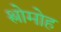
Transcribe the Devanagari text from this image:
श्लोमोह